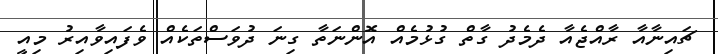
ޗައިނާއާ ރާއްޖެއާ ދެމެދު ގާތް ގުޅުމެއް އޮންނަތާ ގިނަ ދުވަސްތަކެއް ވެފައިވާއިރު މިއީ